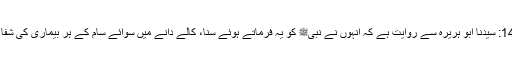
1473: سیدنا ابو ہریرہؓ سے روایت ہے کہ انہوں نے نبیﷺ کو یہ فرماتے ہوئے سنا، کالے دانے میں سوائے سام کے ہر بیماری کی شفا ہے۔